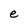
Character: e